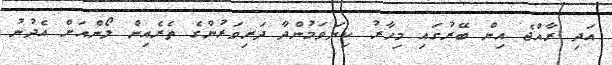
އަދި ރާއްޖެ އިން ބޭރުގައި މިހާރު ކިޔަވަމުންދާ ދަރިވަރުންގެ ތެރެއިން ލޯންއަށް އެދުނު